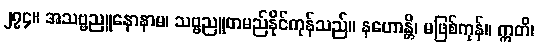
၂၇၄။ အသဗ္ဗညူနောနာမ၊ သဗ္ဗညူတမည်နိုင်ကုန်သည်။ နဟောန္တိ၊ မဖြစ်ကုန်။ ဣတိ၊